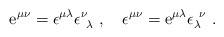
\begin{align*}\mbox{\rm e}^{\mu\nu}=\epsilon^{\mu\lambda}\epsilon^\nu_{\ \lambda}\ ,\quad\epsilon^{\mu\nu}=\mbox{\rm e}^{\mu\lambda}\epsilon_\lambda^{\ \nu}\ .\end{align*}